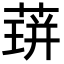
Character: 䔊